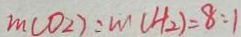
m ( O _ { 2 } ) : m ( H _ { 2 } ) = 8 : 1